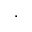
\cdot